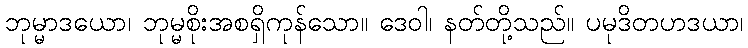
ဘုမ္မာဒယော၊ ဘုမ္မစိုးအစရှိကုန်သော။ ဒေဝါ၊ နတ်တို့သည်။ ပမုဒိတဟဒယာ၊